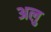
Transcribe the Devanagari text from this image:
अलु